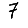
Digit: 7